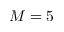
M = 5